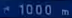
1000 m